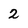
Character: 2